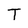
Character: T